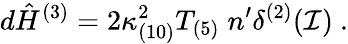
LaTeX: d{\hat{H}}^{(3)}=2\kappa_{(10)}^{2}T_{(5)}\; n^{\prime}\delta^{(2)}({\cal I})\ .